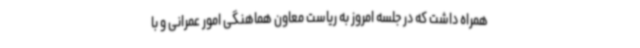
همراه داشت که در جلسه امروز به ریاست معاون هماهنگی امور عمرانی و با